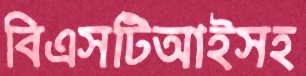
বিএসটিআইসহ